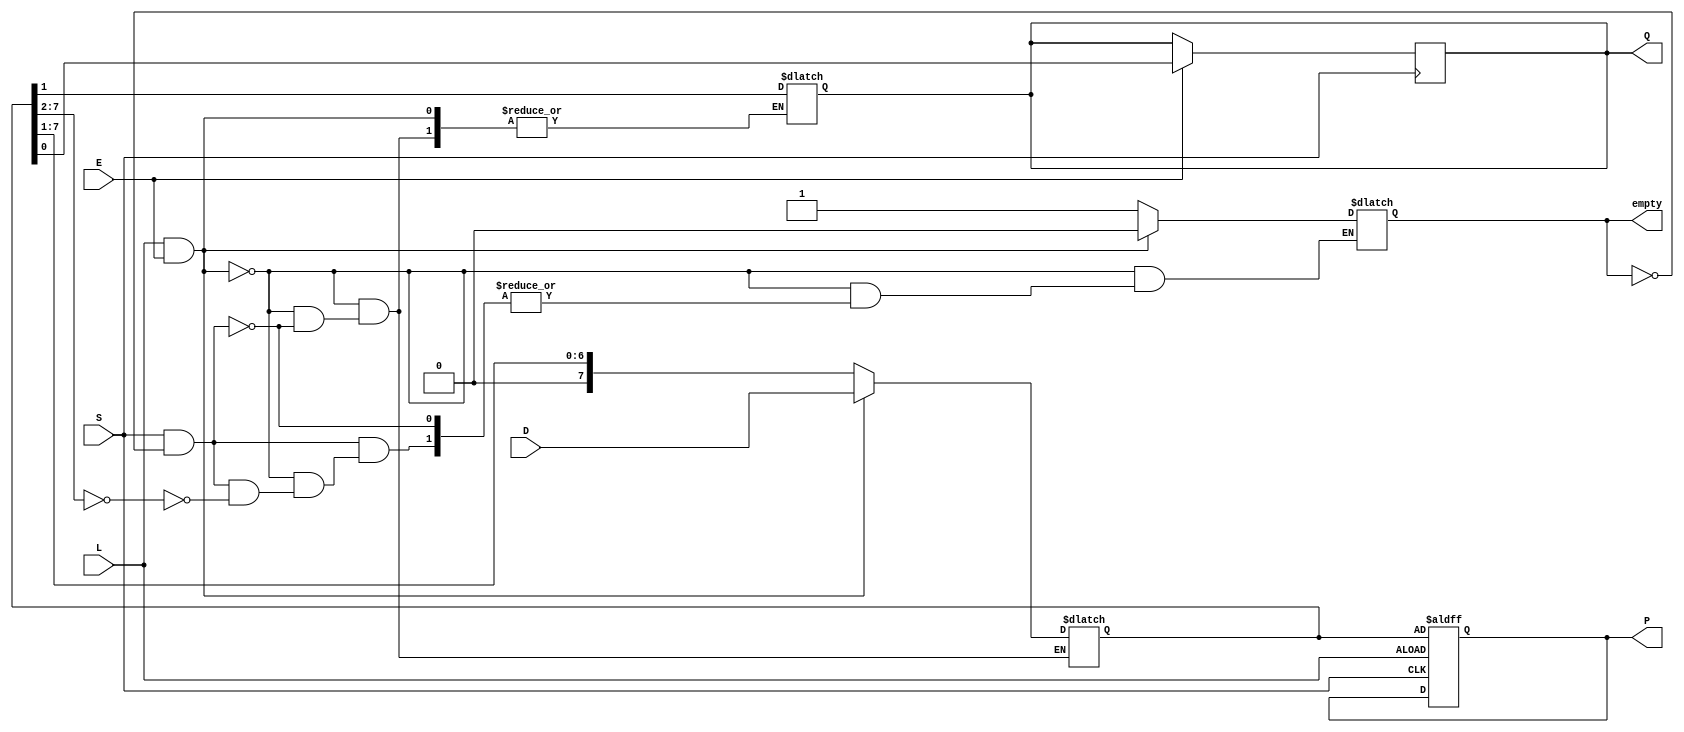
module Async_PISO_Register #(parameter WIDTH = 8) (
    input wire [WIDTH-1:0] D,  // Parallel data input
    input wire L,               // Load signal
    input wire S,               // Shift signal
    input wire E,               // Enable signal (active high)
    output reg Q,               // Serial output
    output reg [WIDTH-1:0] P,   // Internal data storage (for debugging)
    output reg empty            // Indicates if all bits have been shifted out
);

    reg [WIDTH-1:0] shift_reg;  // Shift register to hold data
    integer i;

    // Asynchronous Load and Shift behavior
    always @* begin
        if (L && E) begin
            shift_reg = D; // Load data when L is high and E is enabled
            empty = 1'b0;  // Mark that the register is not empty
        end else if (S && !empty) begin
            shift_reg = {1'b0, shift_reg[WIDTH-1:1]}; // Shift data left
            Q = shift_reg[0]; // Output the LSB
            if (shift_reg[WIDTH-1:1] == 0) begin
                empty = 1'b1; // Set empty flag if all bits are shifted out
            end
        end
    end

    // Always update the serial output based on the shift register
    always @(posedge S) begin
        if (E) begin
            Q <= shift_reg[0]; // Update Q on shift signal
        end
    end

    // For debugging: Output the internal shift register state
    always @(posedge S or posedge L) begin
        if (L) begin
            P <= shift_reg; // Capture the shift register state on load
        end
    end

endmodule